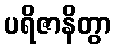
ပရိဇာနိတွာ